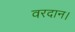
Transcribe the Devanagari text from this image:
वरदान।